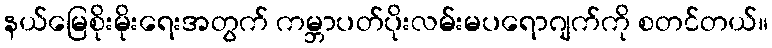
နယ်မြေစိုးမိုးရေးအတွက် ကမ္ဘာပတ်ပိုးလမ်းမပရောဂျက်ကို စတင်တယ်။